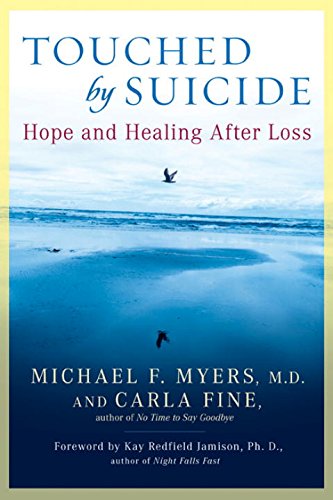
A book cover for Touched by Suicide: Hope and Healing After Loss; Michael F. Myers; Self-Help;